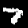
Label: 7